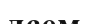
лсем